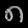
Digit: ၈